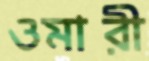
ওমারী